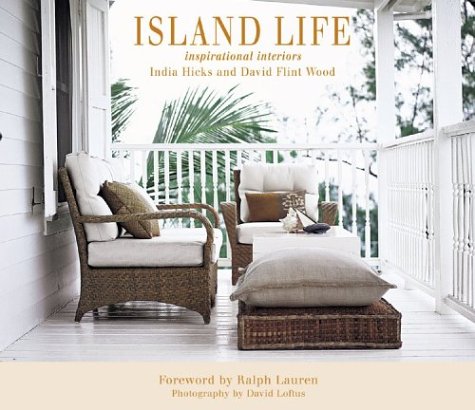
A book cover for Island Life: Inspirational Interiors; India Hicks; Arts & Photography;